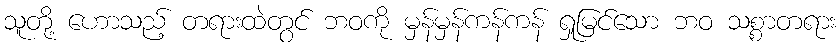
သူတို့ ဟောသည့် တရားထဲတွင် ဘဝကို မှန်မှန်ကန်ကန် ရှုမြင်သော ဘဝ သစ္စာတရား